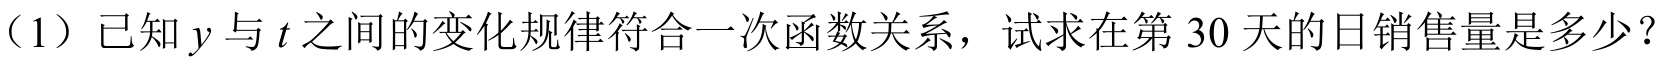
（1）已知\(y\)与\(t\)之间的变化规律符合一次函数关系，试求在第\(30\)天的日销售量是多少？